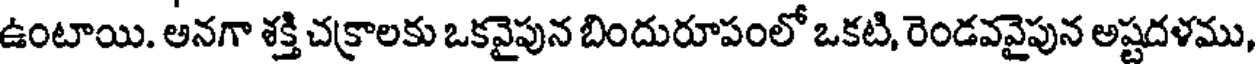
ఉంటాయి. అనగా శక్తి చక్రాలకు ఒకవైపున బిందురూపంలో ఒకటి, రెండవవైపున అష్టదళము,